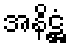
အနိဋ္ဌံ